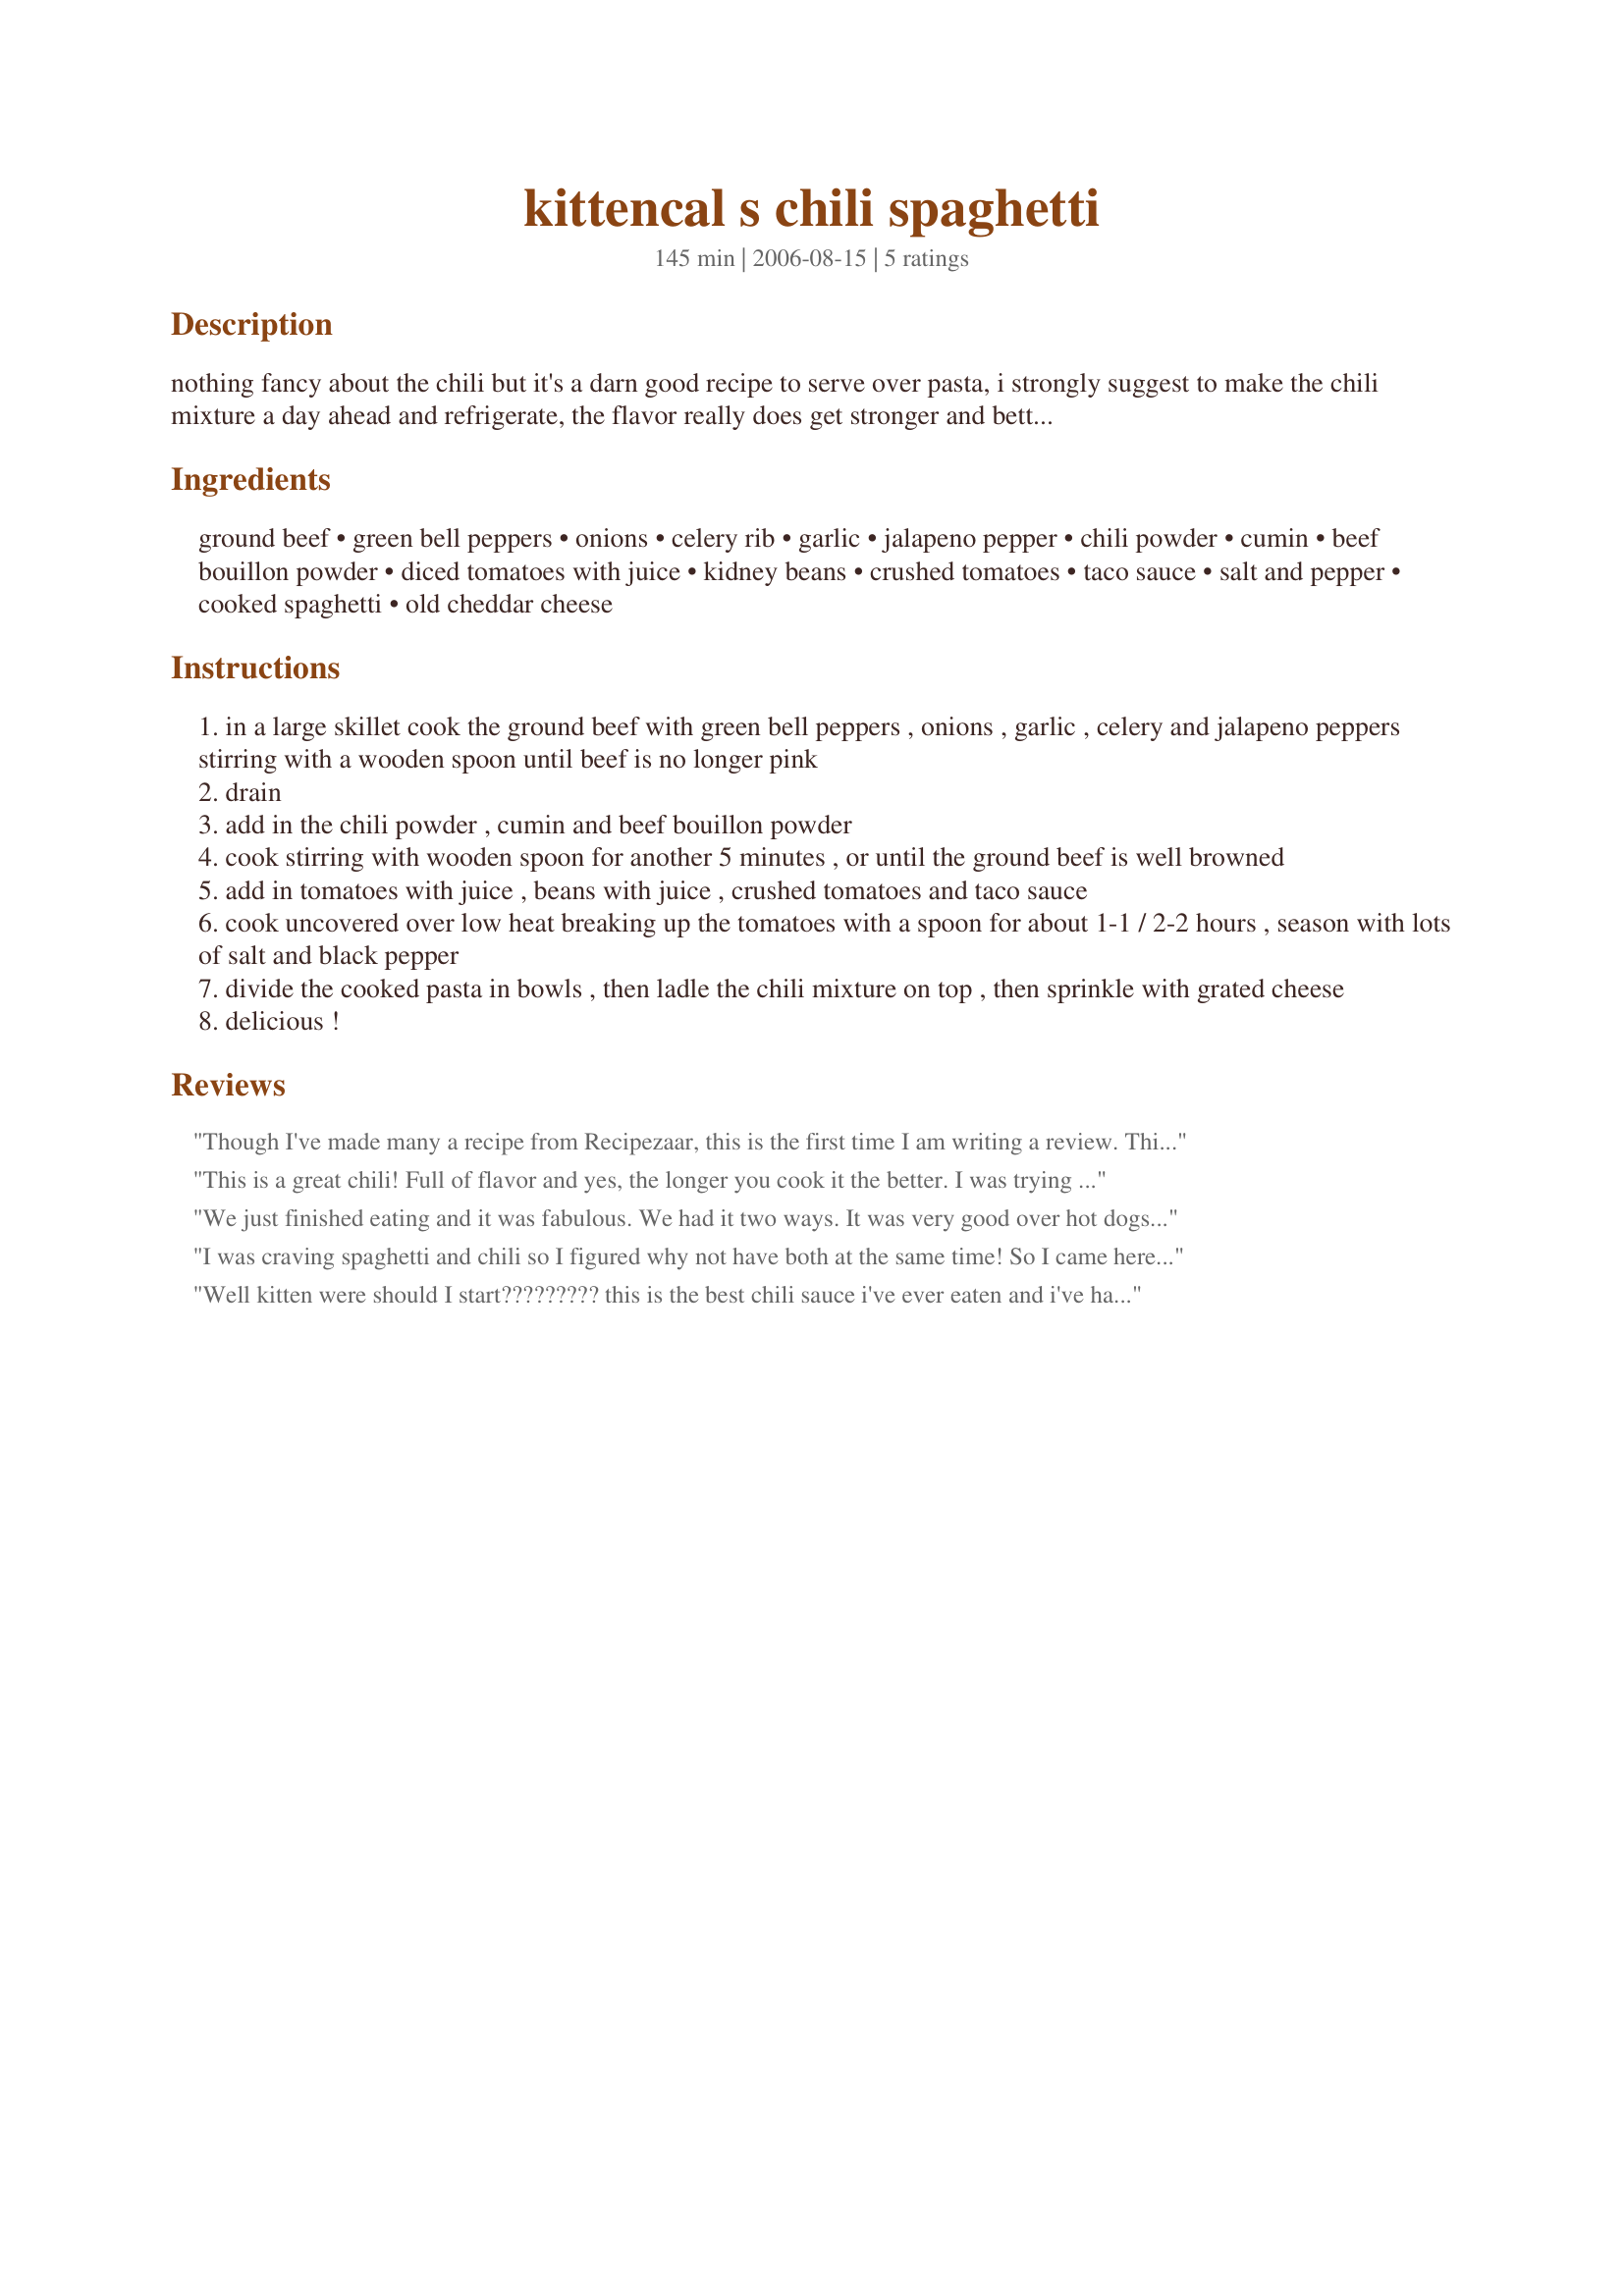
kittencal s chili spaghetti
Preparation time: 145 minutes

nothing fancy about the chili but it's a darn good recipe to serve over pasta, i strongly suggest to make the chili mixture a day ahead and refrigerate, the flavor really does get stronger and better! adjust the chili powder to taste, i use half chili powder and half ancho chili powder for a more smokey flavor, for more heat add in dried chili flakes. although the ingredients listed make a really great chili mixture, you can add in other ingredients to create your favorite chili if desired! you can use ground turkey in place of ground beef, this is also great with penne or rigatoni pasta, see my recipe#168653

Ingredients:
ground beef, green bell peppers, onions, celery rib, garlic, jalapeno pepper, chili powder, cumin, beef bouillon powder, diced tomatoes with juice, kidney beans, crushed tomatoes, taco sauce, salt and pepper, cooked spaghetti, old cheddar cheese

Steps:
in a large skillet cook the ground beef with green bell peppers , onions , garlic , celery and jalapeno peppers stirring with a wooden spoon until beef is no longer pink
drain
add in the chili powder , cumin and beef bouillon powder
cook stirring with wooden spoon for another 5 minutes , or until the ground beef is well browned
add in tomatoes with juice , beans with juice , crushed tomatoes and taco sauce
cook uncovered over low heat breaking up the tomatoes with a spoon for about 1-1 / 2-2 hours , season with lots of salt and black pepper
divide the cooked pasta in bowls , then ladle the chili mixture on top , then sprinkle with grated cheese
delicious !

Reviews:
Though I've made many a recipe from Recipezaar, this is the first time I am writing a review. This chili was fabulous! My husband repeatedly said how good this was throughout dinner (and throughout the day as he taste tested). I did not include the jalapeno pepper but instead used canned diced tomatoes with chipotle. I also used half chili powder and half hot mexican chili powder. I used medium taco sauce. I used the larger amounts for all those ingredients that could vary. I did not include any salt or pepper. At first taste I thought this was going to be too spicey, but in the end it was just right - very tastey with just little bit of heat to follow. Excellent with or without the spaghetti and cheese.
This is a great chili! Full of flavor and yes, the longer you cook it the better. I was trying to figure out what made this chili stand out and I think the taco sauce is the key! I loved that addition. We had it over spaghetti topped with cheddar cheese and green onion. Yum! Thanks Kitten!
We just finished eating and it was fabulous. We had it two ways. It was very good over hot dogs on a bun topped with cheese. Then over noodles as suggested. This is an easy and very tasty recipe. Thanks for posting.
I was craving spaghetti and chili so I figured why not have both at the same time! So I came here to my FAVORITE recipe sit :) and discovered your recipe. This is by far the best one I have tried! I think after a couple years here on recipezaar I am figuring out who my favorite chefs are...you are one of them :D :D
Thank you and I will make this over and over again!!!
Well kitten were should I start????????? this is the best chili sauce i've ever eaten and i've had my share.. I couldn't simmer it for dh stealing from the pot. Never will I use another recipe. Only change I made was using a can of pinto beans as I don't like kidney.
